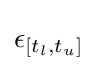
\epsilon _{[t_{l},t_{u}]}